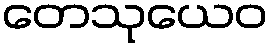
တေသုယေဝ